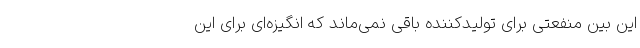
این بین منفعتی برای تولیدکننده باقی نمی‌ماند که انگیزه‌ای برای این